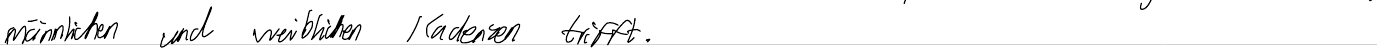
männlichen und weiblichen Kadenzen trifft.